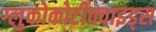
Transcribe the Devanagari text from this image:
ग्लुकोकोर्टीक्वाइड्स